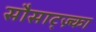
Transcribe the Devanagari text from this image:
सौसाट्ज़्का